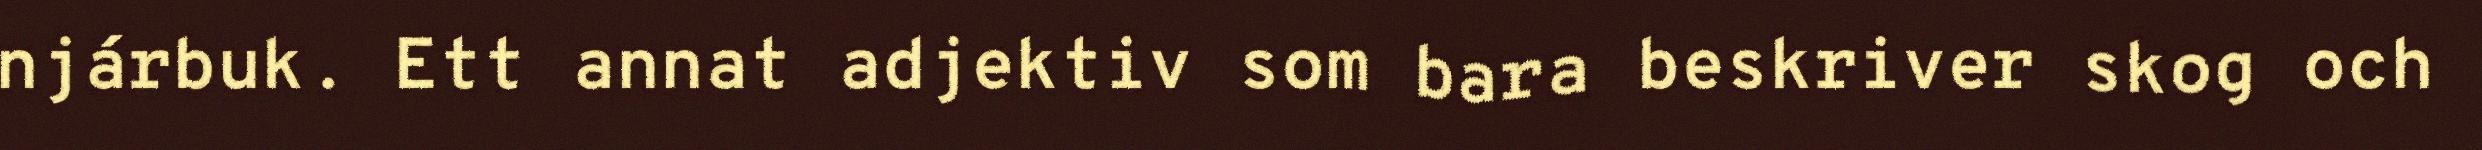
njárbuk. Ett annat adjektiv som bara beskriver skog och